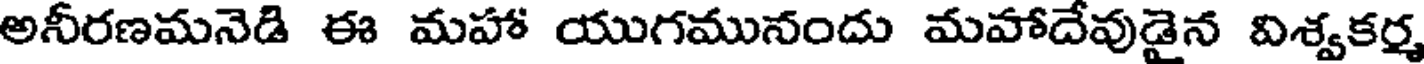
అనీరణమనెడి ఈ మహా యుగమునందు మహాదేవుడైన విశ్వకర్మ